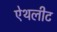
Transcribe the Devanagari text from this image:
ऐथलीट